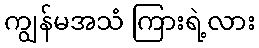
ကျွန်မအသံ ကြားရဲ့လား